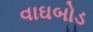
વાઘબોડ